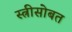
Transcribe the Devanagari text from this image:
स्त्रीसोबत